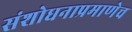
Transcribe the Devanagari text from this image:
संशोधनाप्रमाणेच